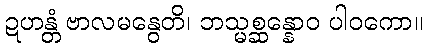
ဍဟန္တံ ဗာလမနွေတိ၊ ဘသ္မစ္ဆန္နောဝ ပါဝကော။